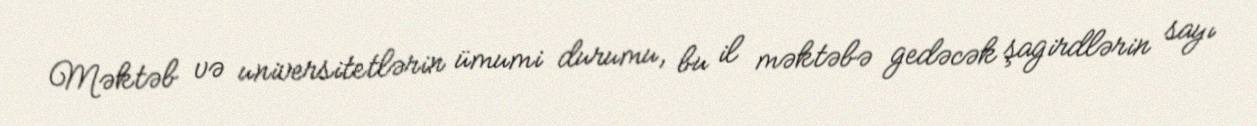
Məktəb və universitetlərin ümumi durumu, bu il məktəbə gedəcək şagirdlərin sayı